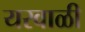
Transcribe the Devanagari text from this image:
यरवाळी